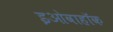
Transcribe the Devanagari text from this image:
इओवाहॉक